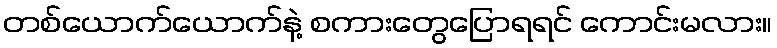
တစ်ယောက်ယောက်နဲ့ စကားတွေပြောရရင် ကောင်းမလား။